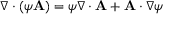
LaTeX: \nabla \cdot \left( \psi \mathbf { A } \right) = \psi \nabla \cdot \mathbf { A } + \mathbf { A } \cdot \nabla \psi